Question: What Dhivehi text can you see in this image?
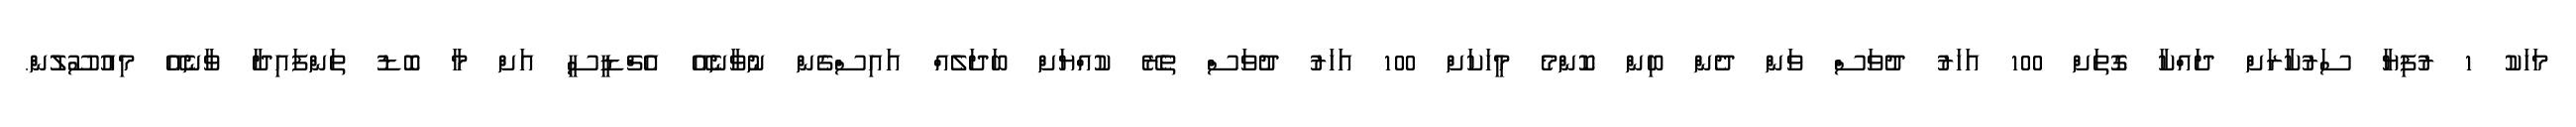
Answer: މަހަކު 1 ރުފިޔާ ސަރުކާރަށް ދައްކާ ގޮތަށް 100 އަހަރު ދުވަސް ވަން ދެން ބިން ކޮންމެ މީހަކަށް 100 އަހަރު ދުވަސް ތެރޭ ކުއްޔަށް ބަދަލެއް އައިސްގެން ނުވާނެއޭ އެޗްޑީސީ އަށް މާ ބޮޑު ތަންފައިދާ ވާނެއޭ މިއުސޫލުން.